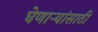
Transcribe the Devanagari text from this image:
घेणाऱ्यांसाठी